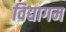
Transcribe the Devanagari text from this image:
विद्यागम